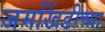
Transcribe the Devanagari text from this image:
जमखिंडीच्या